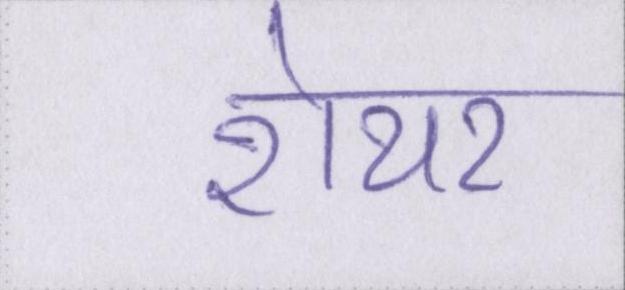
शेयर